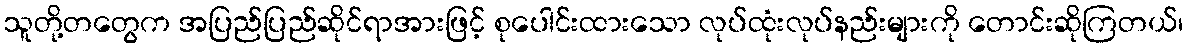
သူတို့တတွေက အပြည်ပြည်ဆိုင်ရာအားဖြင့် စုပေါင်းထားသော လုပ်ထုံးလုပ်နည်းများကို တောင်းဆိုကြတယ်၊